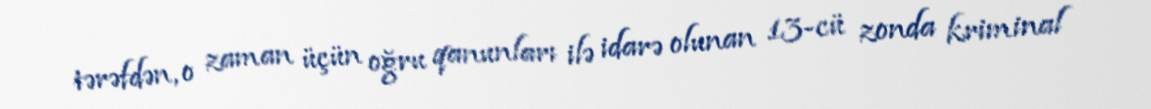
tərəfdən, o zaman üçün oğru qanunları ilə idarə olunan 13-cü zonda kriminal